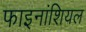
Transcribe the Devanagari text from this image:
फाइनांशियल